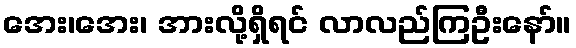
အေး၊အေး၊ အားလို့ရှိရင် လာလည်ကြဦးနော်။